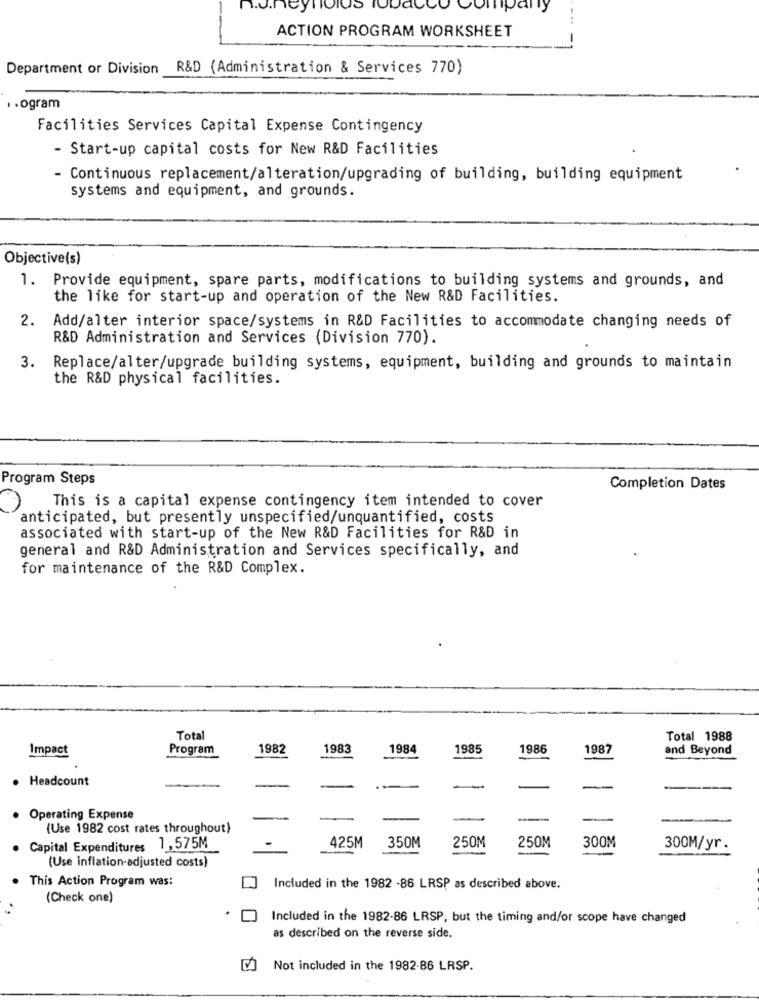
n.J.neyi
Company
ACTION PROGRAM WORKSHEET
Department or Division R&D (Administration & Services 770)
.. ogram
Facilities Services Capital Expense Contingency
- Start-up capital costs for New R&D Facilities
- Continuous replacement/alteration/upgrading of building, building equipment
systems and equipment, and grounds.
Objective(s)
1. Provide equipment, spare parts, modifications to building systems and grounds, and
the like for start-up and operation of the New R&D Facilities.
2. Add/alter interior space/systems in R&D Facilities to accommodate changing needs of
R&D Administration and Services (Division 770).
3. Replace/alter/upgrade building systems, equipment, building and grounds to maintain
the R&D physical facilities.
Program Steps
Completion Dates
This is a capital expense contingency item intended to cover
anticipated, but presently unspecified/unquantified, costs
associated with start-up of the New R&D Facilities for R&D in
general and R&D Administration and Services specifically, and
for maintenance of the R&D Complex.
Total
Total 1988
Impact
Program
1982
1983
1984
1985
1986
1987
and Beyond
. Headcount
Operating Expense
-
(Use 1982 cost rates throughout)
425M
350M
250M
250M
300M
Capital Expenditures 1, 575M
--
300M/yr.
(Use inflation-adjusted costs)
This Action Program was:
Included in the 1982 -86 LRSP as described above.
(Check one)
Included in the 1982-86 LRSP, but the timing and/or scope have changed
as described on the reverse side.
Not included in the 1982-86 LRSP.